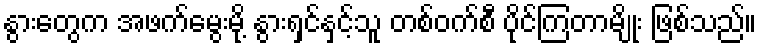
နွားတွေက အဖက်မွေးမို့ နွားရှင်နှင့်သူ တစ်ဝက်စီ ပိုင်ကြတာမျိုး ဖြစ်သည်။